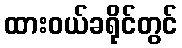
ထားဝယ်ခရိုင်တွင်